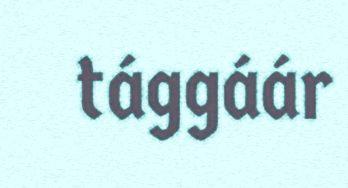
tággáár